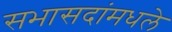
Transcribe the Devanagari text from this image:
सभासदांमधले